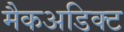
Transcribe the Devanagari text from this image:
मैकअडिक्ट